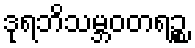
ဒုရဘိသမ္ဘဝတရဉ္စ